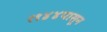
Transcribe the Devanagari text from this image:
१९४४पासून